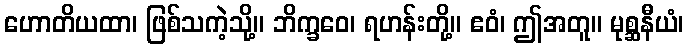
ဟောတိယထာ၊ ဖြစ်သကဲ့သို့။ ဘိက္ခဝေ၊ ရဟန်းတို့။ ဧဝံ၊ ဤအတူ။ မုစ္ဆနီယံ၊